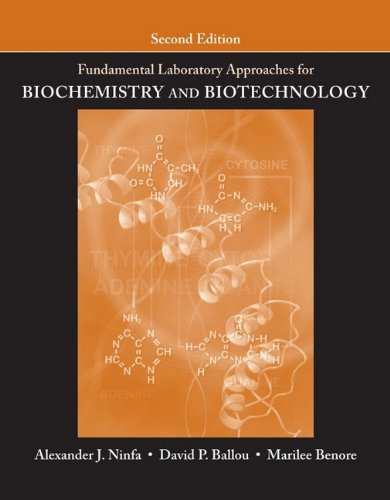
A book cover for Fundamental Laboratory Approaches for Biochemistry and Biotechnology; Alexander J. Ninfa; Medical Books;